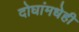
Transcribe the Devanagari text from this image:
दोघांमधेही